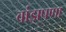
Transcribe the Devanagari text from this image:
वांझपणा